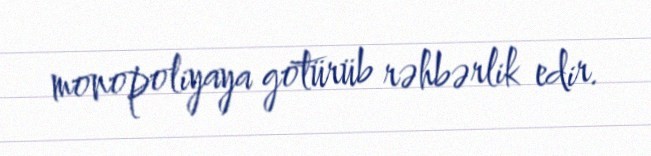
monopoliyaya götürüb rəhbərlik edir.